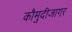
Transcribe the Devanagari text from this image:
कौमुदीजागर